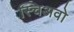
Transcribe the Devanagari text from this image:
स्चिअवो